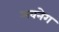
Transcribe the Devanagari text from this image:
अवनेग